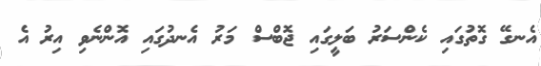
އެނގޭ ގޮތުގައި ކެންސަރު ބަލީގައި ޖޮބްސް މަރު އެނދުގައި އޮންނެވި އިރު އެ